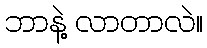
ဘာနဲ့ လာတာလဲ။